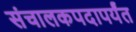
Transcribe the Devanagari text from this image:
संचालकपदापर्यंत